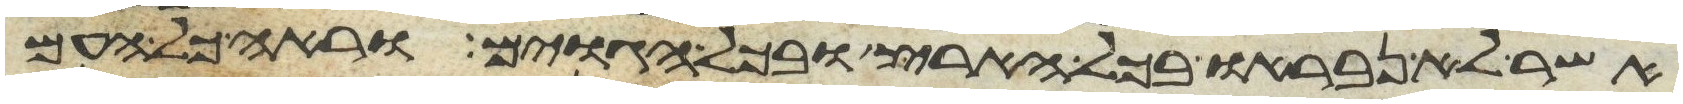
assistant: אשר לא נבראו בכל הארץ ובכל הגוים וראה כל העם